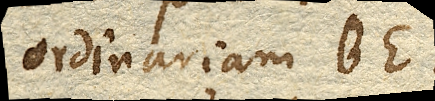
ordinariam BE.